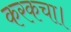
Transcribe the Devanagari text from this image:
करकचा।